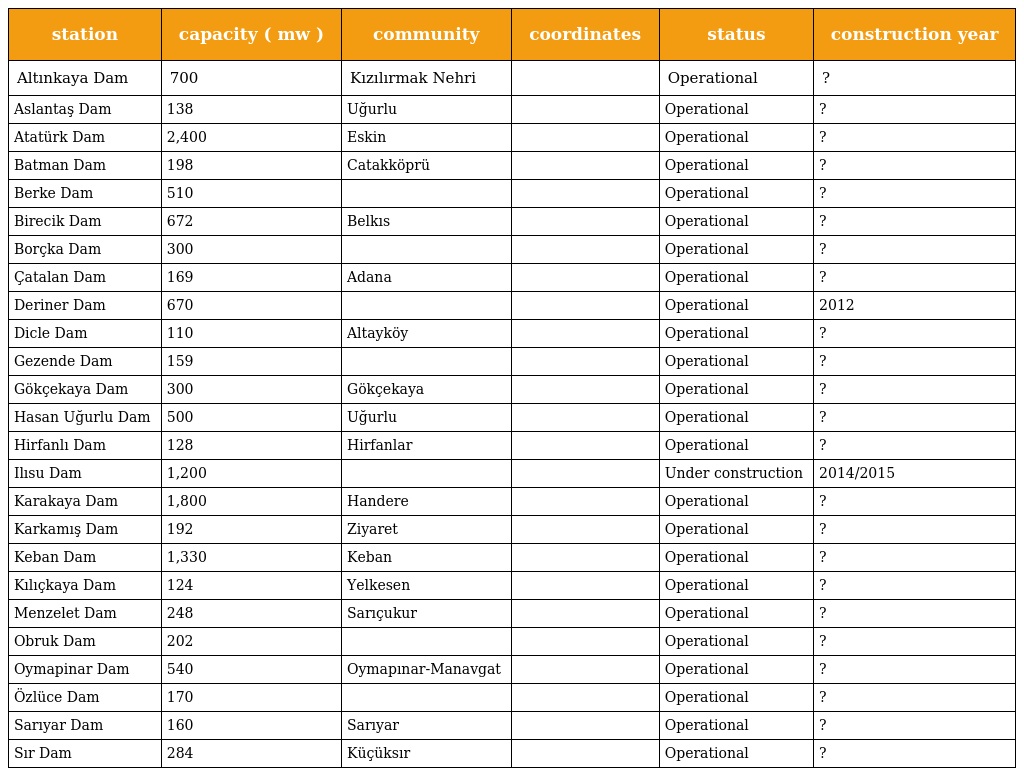
| station | capacity ( mw ) | community | coordinates | status | construction year |
 | --- | --- | --- | --- | --- | --- |
 | Altınkaya Dam | 700 | Kızılırmak Nehri |  | Operational | ? |
 | Aslantaş Dam | 138 | Uğurlu |  | Operational | ? |
 | Atatürk Dam | 2,400 | Eskin |  | Operational | ? |
 | Batman Dam | 198 | Catakköprü |  | Operational | ? |
 | Berke Dam | 510 |  |  | Operational | ? |
 | Birecik Dam | 672 | Belkıs |  | Operational | ? |
 | Borçka Dam | 300 |  |  | Operational | ? |
 | Çatalan Dam | 169 | Adana |  | Operational | ? |
 | Deriner Dam | 670 |  |  | Operational | 2012 |
 | Dicle Dam | 110 | Altayköy |  | Operational | ? |
 | Gezende Dam | 159 |  |  | Operational | ? |
 | Gökçekaya Dam | 300 | Gökçekaya |  | Operational | ? |
 | Hasan Uğurlu Dam | 500 | Uğurlu |  | Operational | ? |
 | Hirfanlı Dam | 128 | Hirfanlar |  | Operational | ? |
 | Ilısu Dam | 1,200 |  |  | Under construction | 2014/2015 |
 | Karakaya Dam | 1,800 | Handere |  | Operational | ? |
 | Karkamış Dam | 192 | Ziyaret |  | Operational | ? |
 | Keban Dam | 1,330 | Keban |  | Operational | ? |
 | Kılıçkaya Dam | 124 | Yelkesen |  | Operational | ? |
 | Menzelet Dam | 248 | Sarıçukur |  | Operational | ? |
 | Obruk Dam | 202 |  |  | Operational | ? |
 | Oymapinar Dam | 540 | Oymapınar-Manavgat |  | Operational | ? |
 | Özlüce Dam | 170 |  |  | Operational | ? |
 | Sarıyar Dam | 160 | Sarıyar |  | Operational | ? |
 | Sır Dam | 284 | Küçüksır |  | Operational | ? |